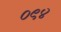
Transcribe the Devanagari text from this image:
०९४